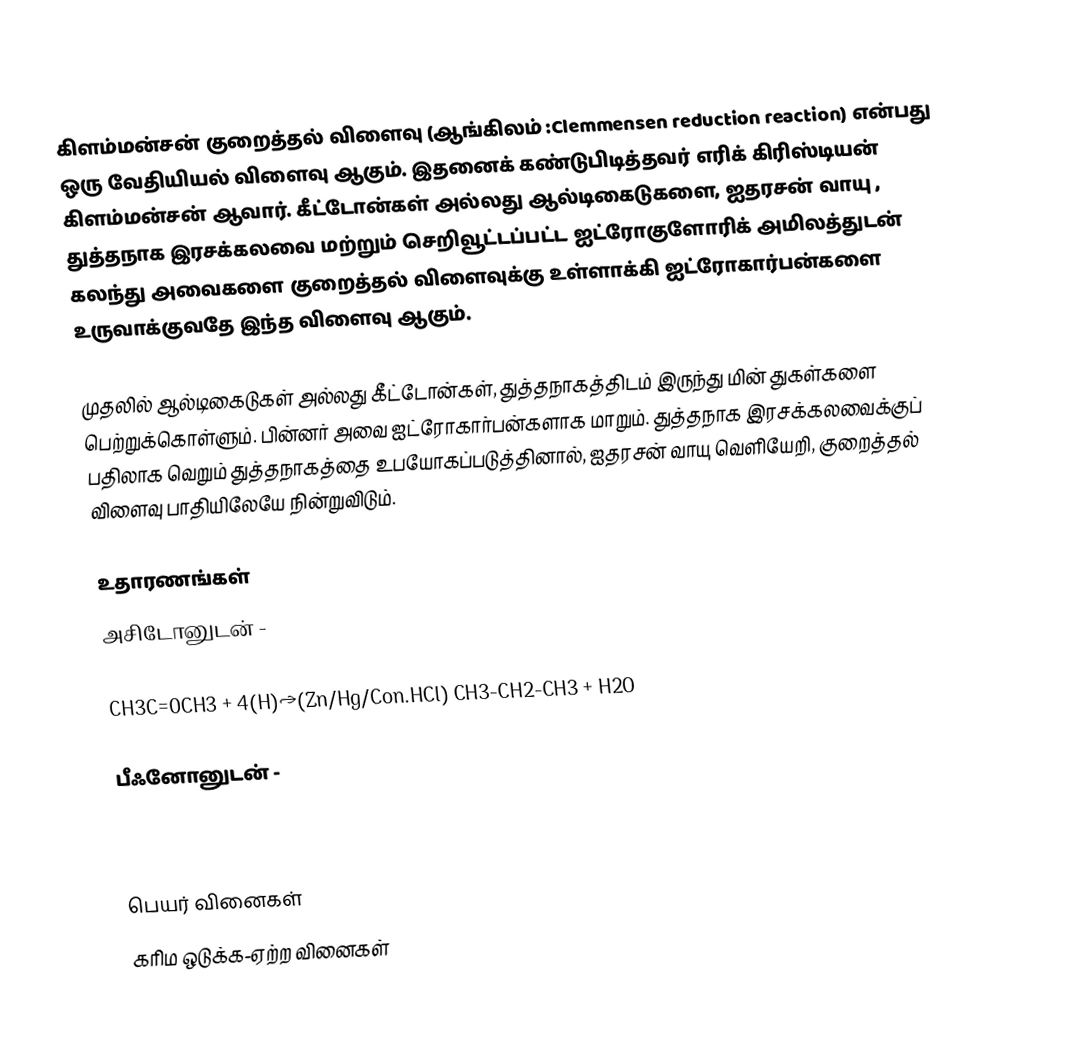
கிளம்மன்சன் குறைத்தல் விளைவு (ஆங்கிலம் :Clemmensen reduction reaction) என்பது ஒரு வேதியியல் விளைவு ஆகும். இதனைக் கண்டுபிடித்தவர் எரிக் கிரிஸ்டியன் கிளம்மன்சன் ஆவார். கீட்டோன்கள் அல்லது ஆல்டிகைடுகளை, ஐதரசன் வாயு , துத்தநாக இரசக்கலவை மற்றும் செறிவூட்டப்பட்ட ஐட்ரோகுளோரிக் அமிலத்துடன் கலந்து அவைகளை குறைத்தல் விளைவுக்கு உள்ளாக்கி ஐட்ரோகார்பன்களை உருவாக்குவதே இந்த விளைவு ஆகும்.

முதலில் ஆல்டிகைடுகள் அல்லது கீட்டோன்கள், துத்தநாகத்திடம் இருந்து மின் துகள்களை பெற்றுக்கொள்ளும். பின்னர் அவை ஐட்ரோகார்பன்களாக மாறும். துத்தநாக இரசக்கலவைக்குப் பதிலாக வெறும் துத்தநாகத்தை உபயோகப்படுத்தினால், ஐதரசன் வாயு வெளியேறி, குறைத்தல் விளைவு பாதியிலேயே நின்றுவிடும்.

உதாரணங்கள்
அசிடோனுடன் -

  CH3C=0CH3 + 4(H)→(Zn/Hg/Con.HCl) CH3-CH2-CH3 + H2O

பீஃனோனுடன் -

  C6H5C=OCH3 + 4(H)→(Zn/Hg/Con.HCl) C6H5CH2CH3 + H2O

பெயர் வினைகள்
கரிம ஒடுக்க-ஏற்ற வினைகள்